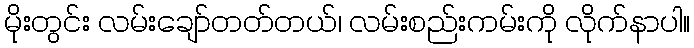
မိုးတွင်း လမ်းချော်တတ်တယ်၊ လမ်းစည်းကမ်းကို လိုက်နာပါ။